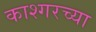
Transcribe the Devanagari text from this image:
काश्गरच्या